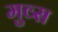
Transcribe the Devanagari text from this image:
मुव्स